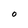
Character: O